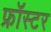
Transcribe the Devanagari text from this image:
फ्रॉस्टर